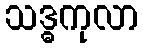
သဒ္ဓကုလာ